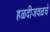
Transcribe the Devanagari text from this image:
हळदीजवळचे